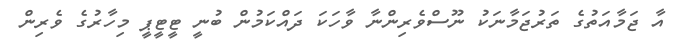
އާ ޖަމާއަތުގެ ތަރުޖަމާނަކު ނޫސްވެރިންނާ ވާހަކަ ދައްކަމުން ބުނީ ޓީޓީޕީ މިހާރުގެ ވެރިން